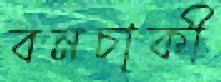
বনচাকী